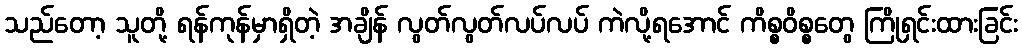
သည်တော့ သူတို့ ရန်ကုန်မှာရှိတဲ့ အချိန် လွတ်လွတ်လပ်လပ် ကဲလို့ရအောင် ကိစ္စဝိစ္စတွေ ကြိုရှင်းထားခြင်း